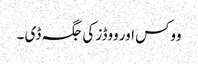
ووکس اور ووڈز کی جگہ ڈی ۔